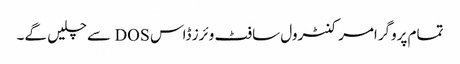
تمام پروگرامر کنٹرول سافٹ وئرز ڈاس DOS سے چلیں گے۔